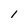
Character: l